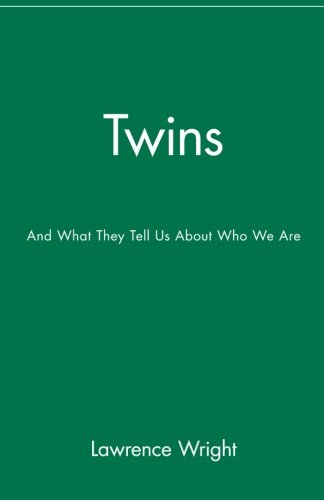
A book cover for Twins: And What They Tell Us About Who We Are; Lawrence Wright; Parenting & Relationships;